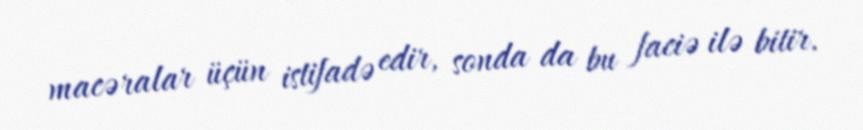
macəralar üçün istifadə edir, sonda da bu faciə ilə bitir.